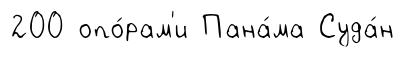
200 опо́рам'и Пана́ма Суда́н